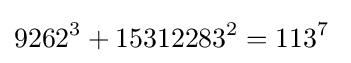
9262^{3}+15312283^{2}=113^{7}\;